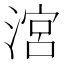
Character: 㴦